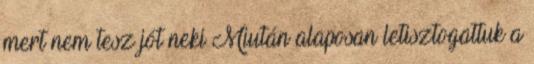
mert nem tesz jót neki Miután alaposan letisztogattuk a